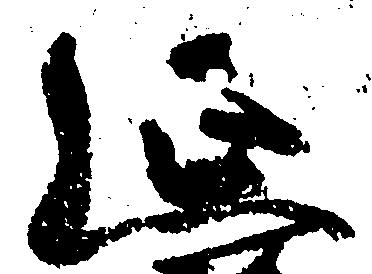
延